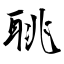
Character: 聎